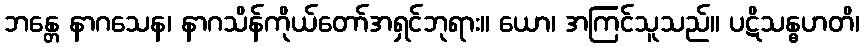
ဘန္တေ နာဂသေန၊ နာဂသိန်ကိုယ်တော်အရှင်ဘုရား။ ယော၊ အကြင်သူသည်။ ပဋိသန္ဓဟတိ၊